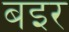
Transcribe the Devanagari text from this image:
बइर